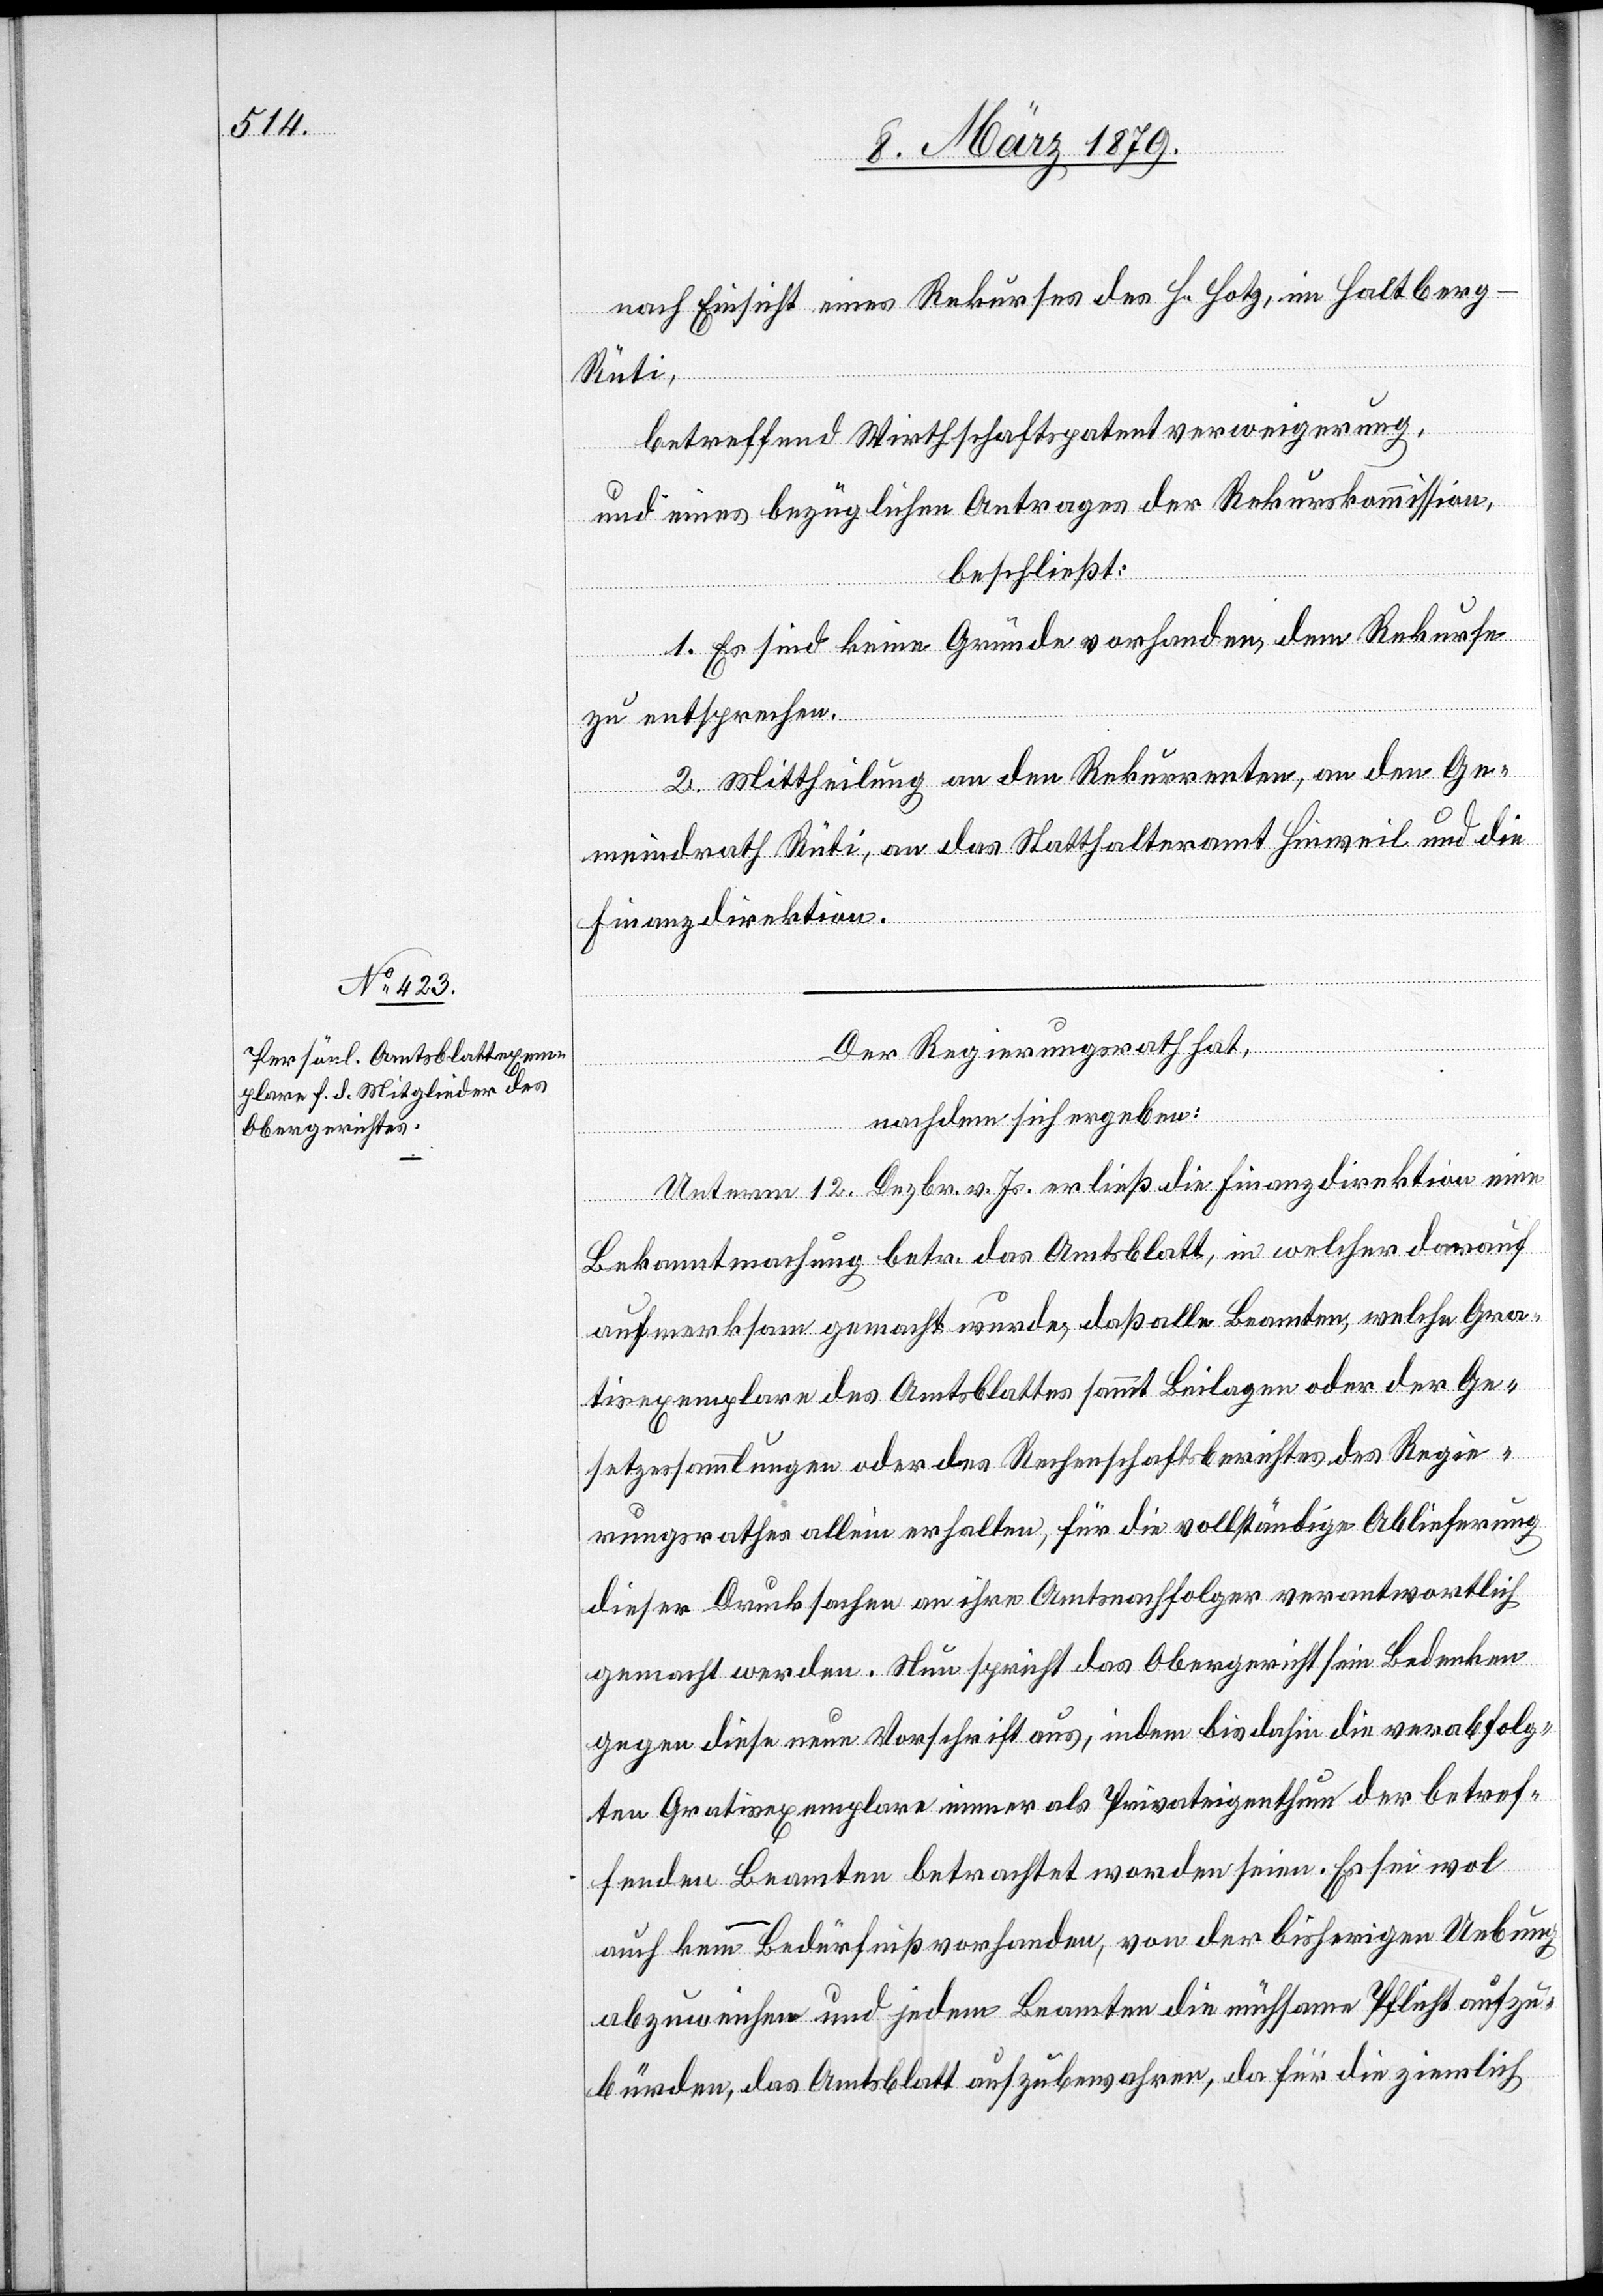
nach Einsicht eines Rekurses des H. Hotz, im Haltberg
Rüti,
betreffend Wirthschaftspatentverweigerung,
und eines bezüglichen Antrages der Rekurskommission,
beschließt:
1. Es sind keine Gründe vorhanden, dem Rekurse
zu entsprechen.
2. Mittheilung an den Rekurrenten, an den Ge¬
meindrath Rüti, an das Statthalteramt Hinweil und die
Finanzdirektion.
Der Regierungsrath hat,
nachdem sich ergeben:
Unterm 12. Dezbr. v. Js. erließ die Finanzdirektion eine
Bekanntmachung betr. das Amtsblatt, in welcher darauf
aufmerksam gemacht wurde, daß alle Beamten, welche Gra¬
tisexemplare des Amtsblattes sammt Beilagen oder der Ge¬
setzessammlungen oder des Rechenschaftsberichtes des Regie¬
rungsrathes allein erhalten, für die vollständige Ablieferung
dieser Drucksachen an ihre Amtsnachfolger verantwortlich
gemacht werden. Nun spricht das Obergericht sein Bedenken
gegen diese neue Vorschrift aus, indem bis dahin die verabfolg¬
ten Gratisexemplare immer als Privateigenthum der betref¬
fenden Beamten betrachtet worden seien. Es sei wol
auch kein Bedürfniß vorhanden, von der bisherigen Uebung
abzuweichen und jedem Beamten die mühsame Pflicht aufzu¬
bürden, das Amtsblatt aufzubewahren, da für die ziemlich